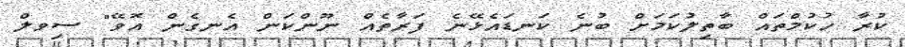
ކުރާ ހުކުމްތައް ބާތިލުކަމަށް ބުނެ ކަނޑައެޅޭނެ ފަރާތެއް ނޫންކަން އެނގެން އޮވޭ" ސިވލް